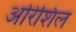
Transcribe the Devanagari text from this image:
अरिशिल